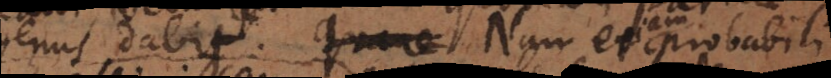
genus dabit. Quare Nam etiam probabili